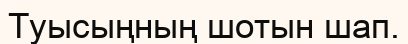
Туысыңның шотын шап.